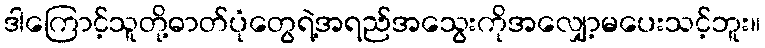
ဒါကြောင့်သူတို့ဓာတ်ပုံတွေရဲ့အရည်အသွေးကိုအလျှော့မပေးသင့်ဘူး။